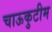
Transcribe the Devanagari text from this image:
चाऊकुटीम